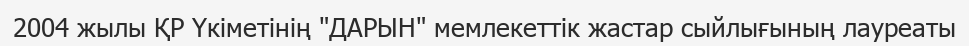
2004 жылы ҚР Үкіметінің "ДАРЫН" мемлекеттік жастар сыйлығының лауреаты